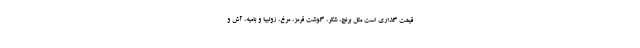
قیمت گذاری است مثل برنج، شکر، گوشت قرمز، مرغ، زولبیا و بامیه، آش و